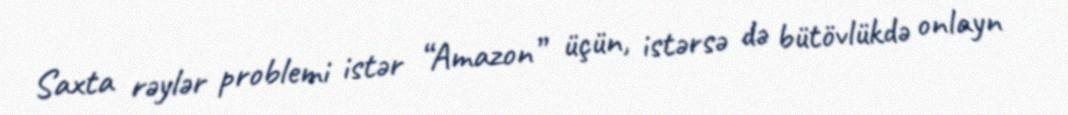
Saxta rəylər problemi istər “Amazon” üçün, istərsə də bütövlükdə onlayn